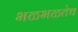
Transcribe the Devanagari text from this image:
भळभळतेच